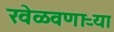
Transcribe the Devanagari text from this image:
खेळवणाऱ्या